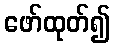
ဖော်ထုတ်၍